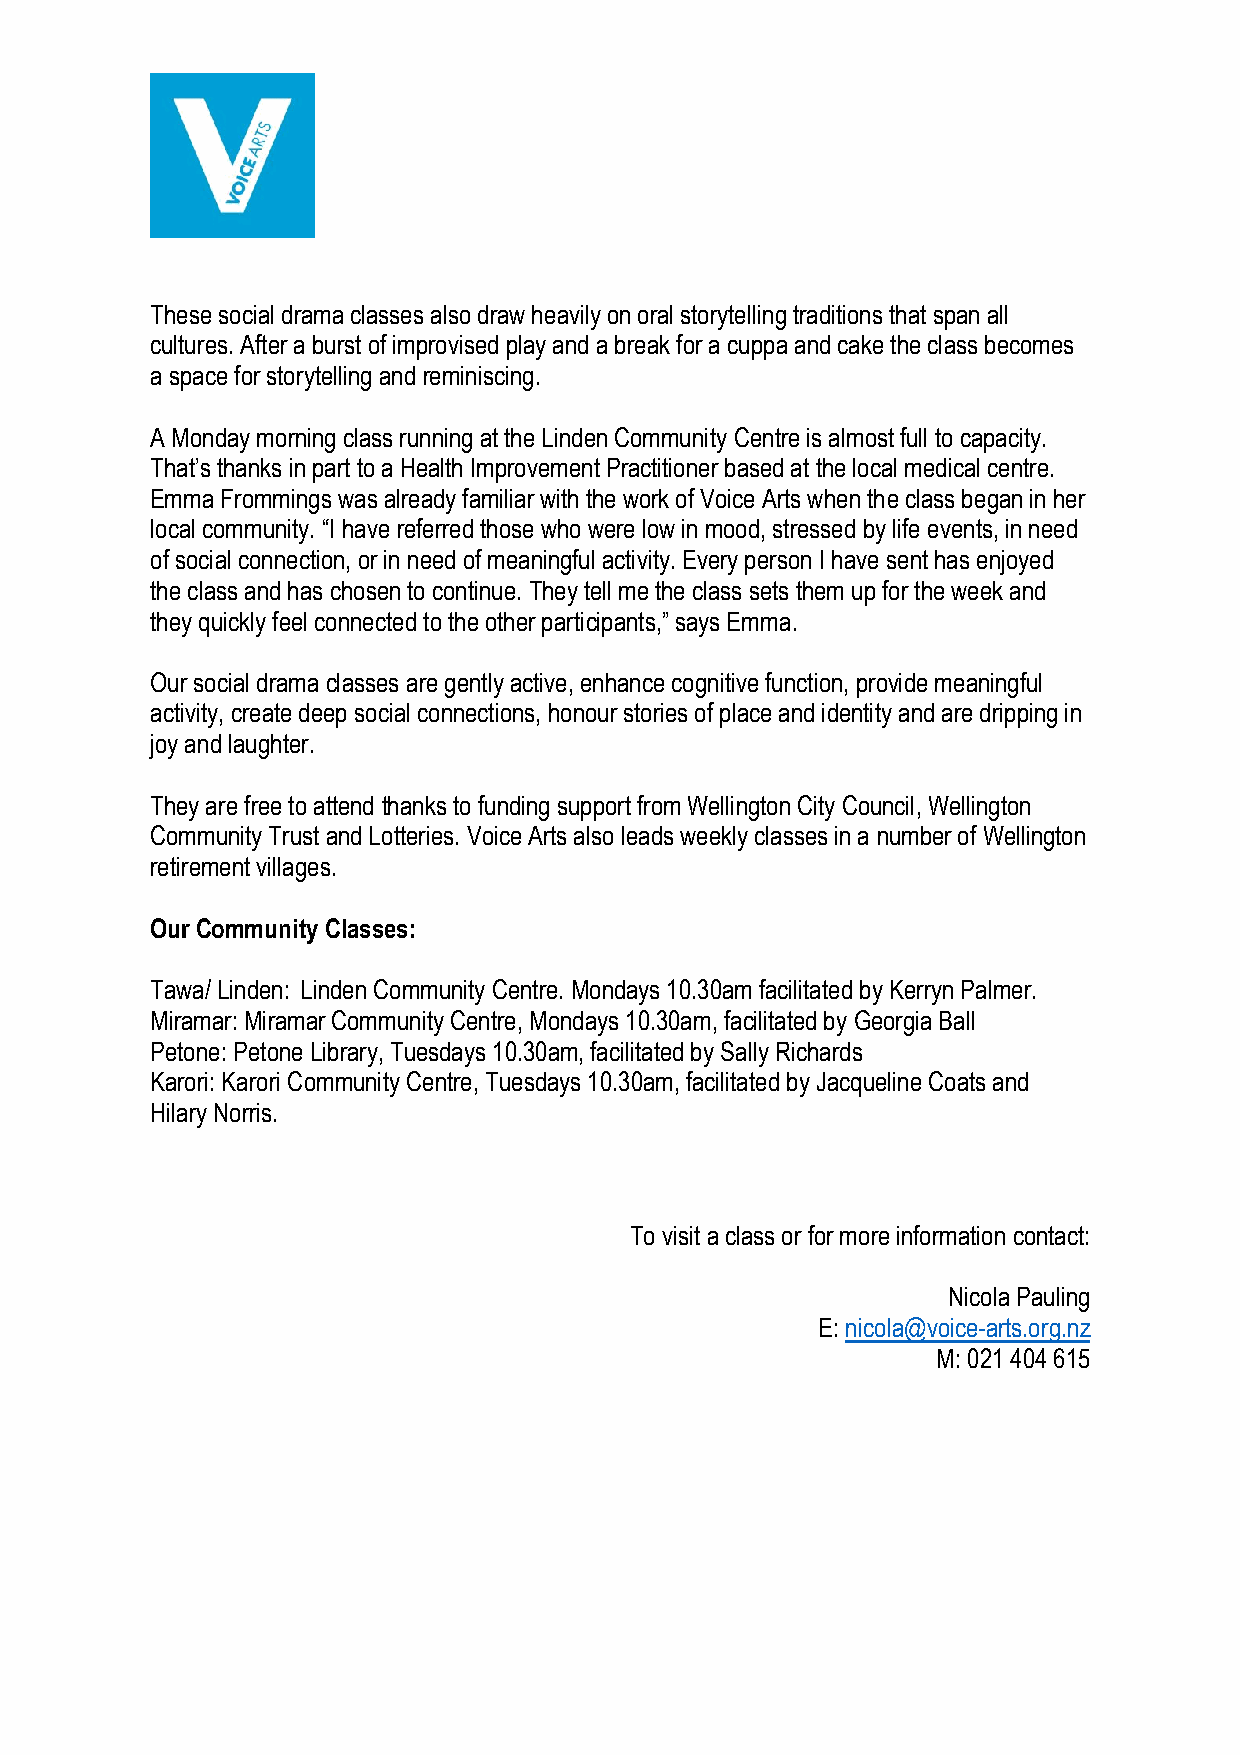
These social drama classes also draw heavily on oral storytelling traditions that span all
 cultures. After a burst of improvised play and a break for a cuppa and cake the class becomes
 a space for storytelling and reminiscing.
 A Monday morning class running at the Linden Community Centre is almost full to capacity.
 That’s thanks in part to a Health Improvement Practitioner based at the local medical centre.
 Emma Frommings was already familiar with the work of Voice Arts when the class began in her
 local community. “I have referred those who were low in mood, stressed by life events, in need
 of social connection, or in need of meaningful activity. Every person I have sent has enjoyed
 the class and has chosen to continue. They tell me the class sets them up for the week and
 they quickly feel connected to the other participants,” says Emma.
 Our social drama classes are gently active, enhance cognitive function, provide meaningful
 activity, create deep social connections, honour stories of place and identity and are dripping in
 joy and laughter.
 They are free to attend thanks to funding support from Wellington City Council, Wellington
 Community Trust and Lotteries. Voice Arts also leads weekly classes in a number of Wellington
 retirement villages.
 Our Community Classes:
 Tawa/ Linden: Linden Community Centre. Mondays 10.30am facilitated by Kerryn Palmer.
 Miramar: Miramar Community Centre, Mondays 10.30am, facilitated by Georgia Ball
 Petone: Petone Library, Tuesdays 10.30am, facilitated by Sally Richards
 Karori: Karori Community Centre, Tuesdays 10.30am, facilitated by Jacqueline Coats and
 Hilary Norris.
 To visit a class or for more information contact:
 Nicola Pauling
 E: nicola@voice-arts.org.nz
 M: 021 404 615